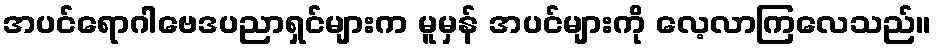
အပင်ရောဂါဗေဒပညာရှင်များက မူမှန် အပင်များကို လေ့လာကြလေသည်။